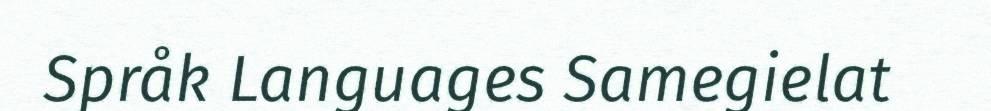
Språk Languages Samegielat